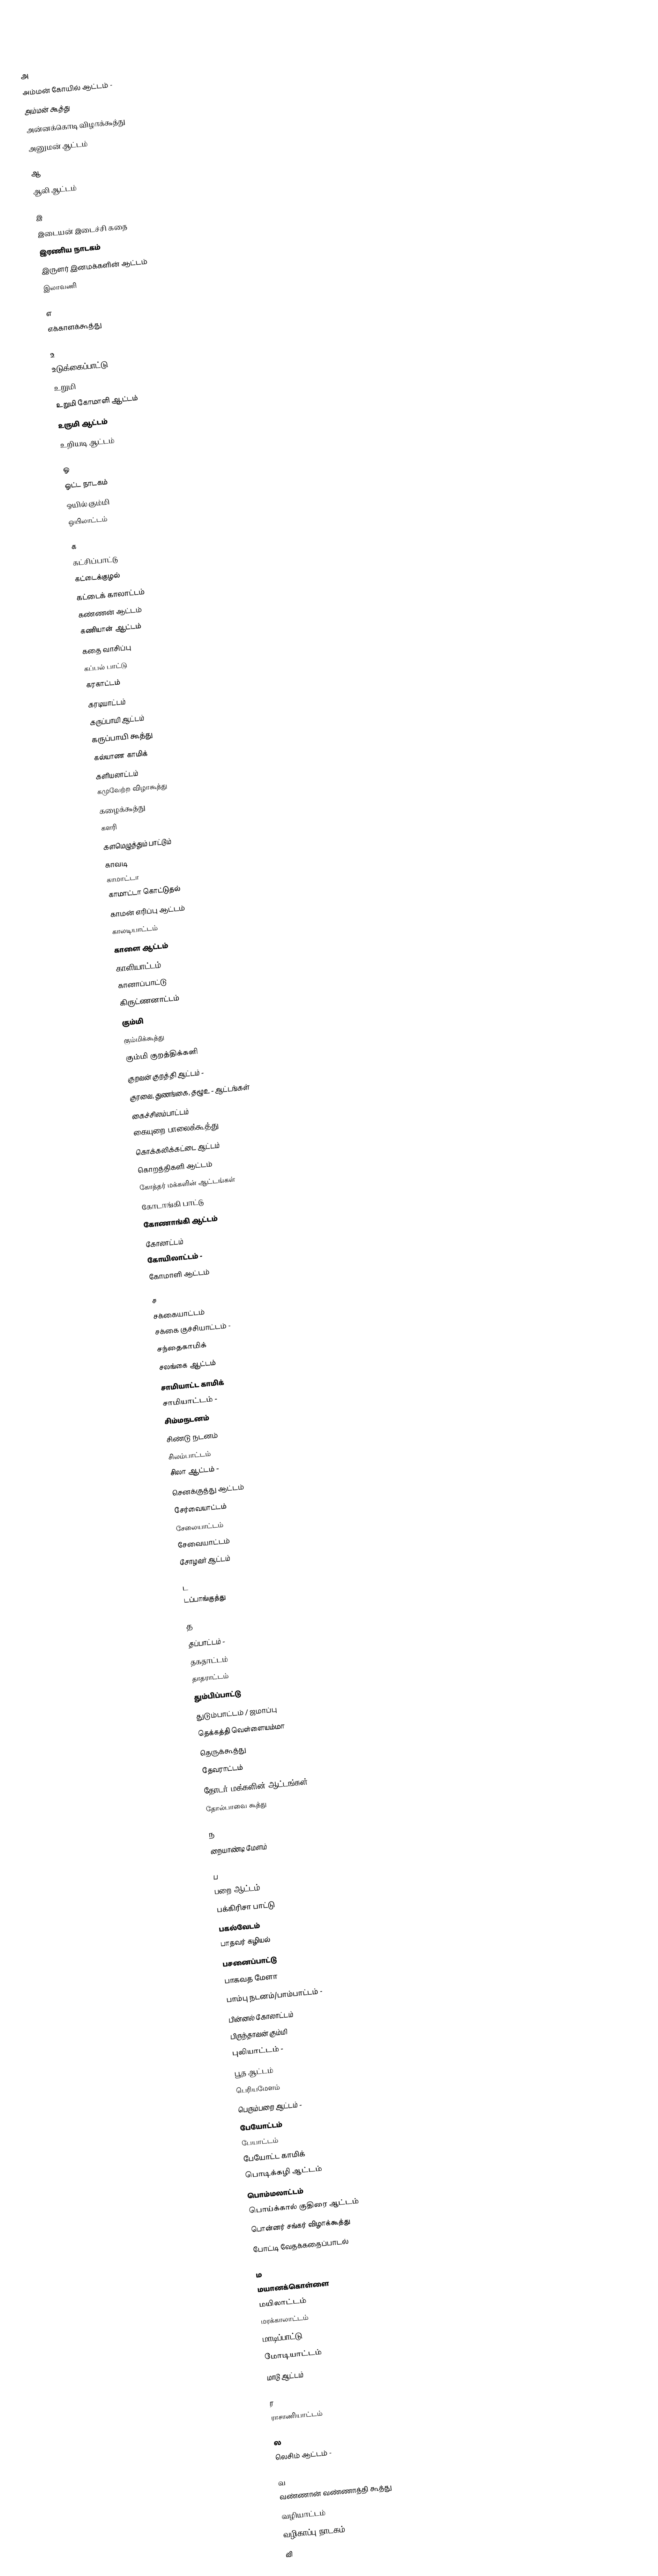

அ
 அம்மன் கோயில் ஆட்டம் -
 அம்மன் கூத்து
 அன்னக்கொடி விழாக்கூத்து
 அனுமன் ஆட்டம்

ஆ
 ஆலி ஆட்டம்

இ
 இடையன் இடைச்சி கதை
 இரணிய நாடகம்
 இருளர் இனமக்களின் ஆட்டம்
 இலாவணி

எ
 எக்காளக்கூத்து

உ
 உடுக்கைப்பாட்டு
 உறுமி
 உறுமி கோமாளி ஆட்டம்
 உருமி ஆட்டம்
 உறியடி ஆட்டம்

ஒ
 ஒட்ட நாடகம்
 ஒயில் கும்மி
 ஒயிலாட்டம்

க
 கட்சிப்பாட்டு
 கட்டைக்குழல்
 கட்டைக் காலாட்டம்
 கண்ணன் ஆட்டம்
 கணியான் ஆட்டம்
 கதை வாசிப்பு
 கப்பல் பாட்டு
 கரகாட்டம்
 கரடியாட்டம்
 கருப்பாயி ஆட்டம்
 கருப்பாயி கூத்து
 கல்யாண காமிக்
 களியலாட்டம்
 கமுவேற்ற விழாகூத்து
 கழைக்கூத்து
 களரி
 களமெழுத்தும் பாட்டும்
 காவடி
 காமாட்டா
 காமாட்டா கொட்டுதல்
 காமன் எரிப்பு ஆட்டம்
 காலடியாட்டம்
 காளை ஆட்டம்
 காளியாட்டம்
 கானாப்பாட்டு
 கிருட்ணனாட்டம்
 கும்மி
 கும்மிக்கூத்து
 கும்மி குறத்திக்களி
 குறவன் குறத்தி ஆட்டம் -
 குரவை, துணங்கை, தழூஉ - ஆட்டங்கள்
 கைச்சிலம்பாட்டம்
 கையுறை பாலைக்கூத்து
 கொக்கலிக்கட்டை ஆட்டம்
 கொறத்திகளி ஆட்டம்
 கோத்தர் மக்களின் ஆட்டங்கள்
 கோடாங்கி பாட்டு
 கோணாங்கி ஆட்டம்
 கோலாட்டம்
 கோயிலாட்டம் -
 கோமாளி ஆட்டம்

ச
 சக்கையாட்டம்
 சக்கை குச்சியாட்டம் -
 சந்தைகாமிக்
 சலங்கை ஆட்டம்
 சாமியாட்ட காமிக்
 சாமியாட்டம் -
 சிம்மநடனம்
 சிண்டு நடனம்
 சிலம்பாட்டம்
 சிலா ஆட்டம் -
 செனக்குத்து ஆட்டம்
 சேர்வையாட்டம்
 சேலையாட்டம்
 சேவையாட்டம்
 சோழவர் ஆட்டம்

ட
 டப்பாங்குத்து

த
 தப்பாட்டம் -
 தகதாட்டம்
 தாதராட்டம்
 தும்பிப்பாட்டு
 துடும்பாட்டம் / ஜமாப்பு
 தெக்கத்தி வெள்ளையம்மா
 தெருக்கூத்து
 தேவராட்டம்
 தோடர் மக்களின் ஆட்டங்கள்
 தோல்பாவை கூத்து

ந
 நையாண்டி மேளம்

ப
 பறை ஆட்டம்
 பக்கிரிசா பாட்டு
 பகல்வேடம்
 பாதவர் கழியல்
 பசனைப்பாட்டு
 பாகவத மேளா
 பாம்பு நடனம்/பாம்பாட்டம் -
 பின்னல் கோலாட்டம்
 பிருந்தாவன் கும்மி
 புலியாட்டம் -
 பூத ஆட்டம்
 பெரியமேளம்
 பெரும்பறை ஆட்டம் -
 பேயோட்டம்
 பேயாட்டம்
 பேயோட்ட காமிக்
 பொடிக்கழி ஆட்டம்
 பொம்மலாட்டம்
 பொய்க்கால் குதிரை ஆட்டம்
 பொன்னர் சங்கர் விழாக்கூத்து
 போட்டி வேதக்கதைப்பாடல்

ம
 மயானக்கொள்ளை
 மயிலாட்டம்
 மரக்காலாட்டம்
 மாடிப்பாட்டு
 மோடியாட்டம்
 மாடு ஆட்டம்

ர
 ராசாணியாட்டம்

ல
 லெசிம் ஆட்டம் -

வ
 வண்ணான் வண்ணாத்தி கூத்து
 வழியாட்டம்
 வழிகாப்பு நாடகம்
 வி